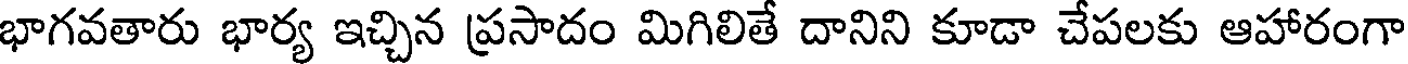
భాగవతారు భార్య ఇచ్చిన ప్రసాదం మిగిలితే దానిని కూడా చేపలకు ఆహారంగా